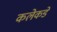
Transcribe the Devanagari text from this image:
कलेकडे